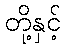
တို့နှင့်